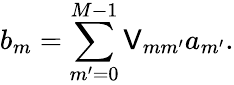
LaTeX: b_{m}=\sum_{m^{\prime}=0}^{M-1}\mathsf{V}_{mm^{\prime}}a_{m^{\prime}}.